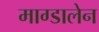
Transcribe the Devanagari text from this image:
माग्डालेन